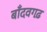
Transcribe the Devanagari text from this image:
बाँदवगढ़